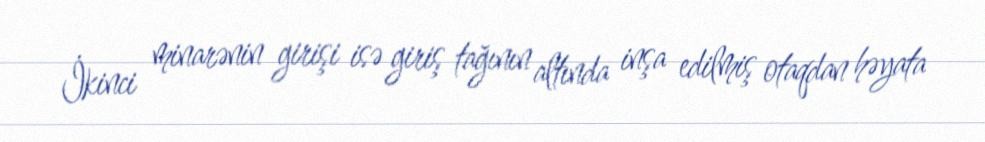
İkinci minarənin girişi isə giriş tağının altında inşa edilmiş otaqdan həyata